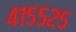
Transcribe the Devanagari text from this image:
४१५५२५